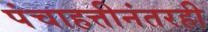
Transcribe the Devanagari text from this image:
पंचाहत्तीनंतरही